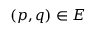
( p , q ) \in E